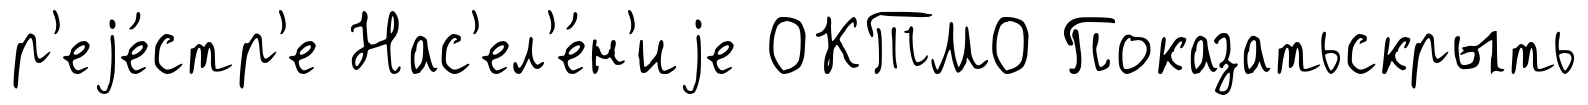
р'еjе́стр'е Нас'ел'е́н'иjе ОКТМО Показатьскрыть